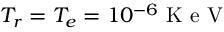
T _ { r } = T _ { e } = 1 0 ^ { - 6 } \mathrm { ~ K ~ e ~ V ~ }